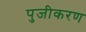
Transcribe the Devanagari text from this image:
पुजीकरण